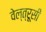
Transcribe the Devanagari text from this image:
वेल्त्रूसी